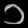
Digit: ၁